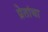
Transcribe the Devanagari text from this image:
प्रेतांचा